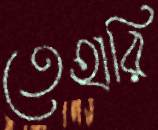
তেহারি